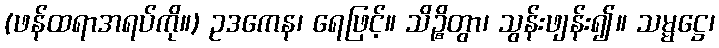
(ဖန်ထရာအရပ်ကို။) ဥဒကေန၊ ရေဖြင့်။ သိဉ္စိတွာ၊ သွန်းဖျန်း၍။ သမ္မဋ္ဌေ၊